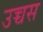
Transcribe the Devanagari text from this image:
उच्चस